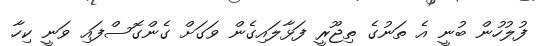
ފުލުހުން ބުނީ އެ ތަނުގެ ތިޖޫރީ ފަޅާލައިގެން ވަގަށް ގެންގޮސްފައި ވަނީ ކިހާ